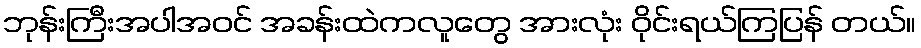
ဘုန်းကြီးအပါအဝင် အခန်းထဲကလူတွေ အားလုံး ဝိုင်းရယ်ကြပြန် တယ်။